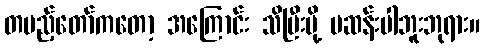
တပည့်တော်ကတော့ အကြောင်း သိပြီးမို့ မဆန်းပါဘူးဘုရား။